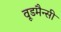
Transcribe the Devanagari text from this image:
वूडमैन्सी